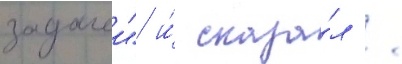
задачеи" и́ сказа́л /